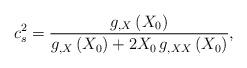
LaTeX: \begin{align*}c_{s}^{2}=\frac{g_{,X}\left( X_{0}\right)}{g_{,X}\left(X_{0}\right) +2X_{0}\,g_{,XX}\left(X_{0}\right)},\end{align*}